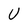
Character: U